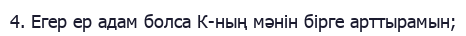
4. Егер ер адам болса К-ның мәнін бірге арттырамын;